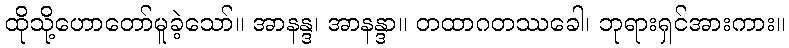
ထိုသို့ဟောတော်မူခဲ့သော်။ အာနန္ဒ၊ အာနန္ဒာ။ တထာဂတဿခေါ၊ ဘုရားရှင်အားကား။